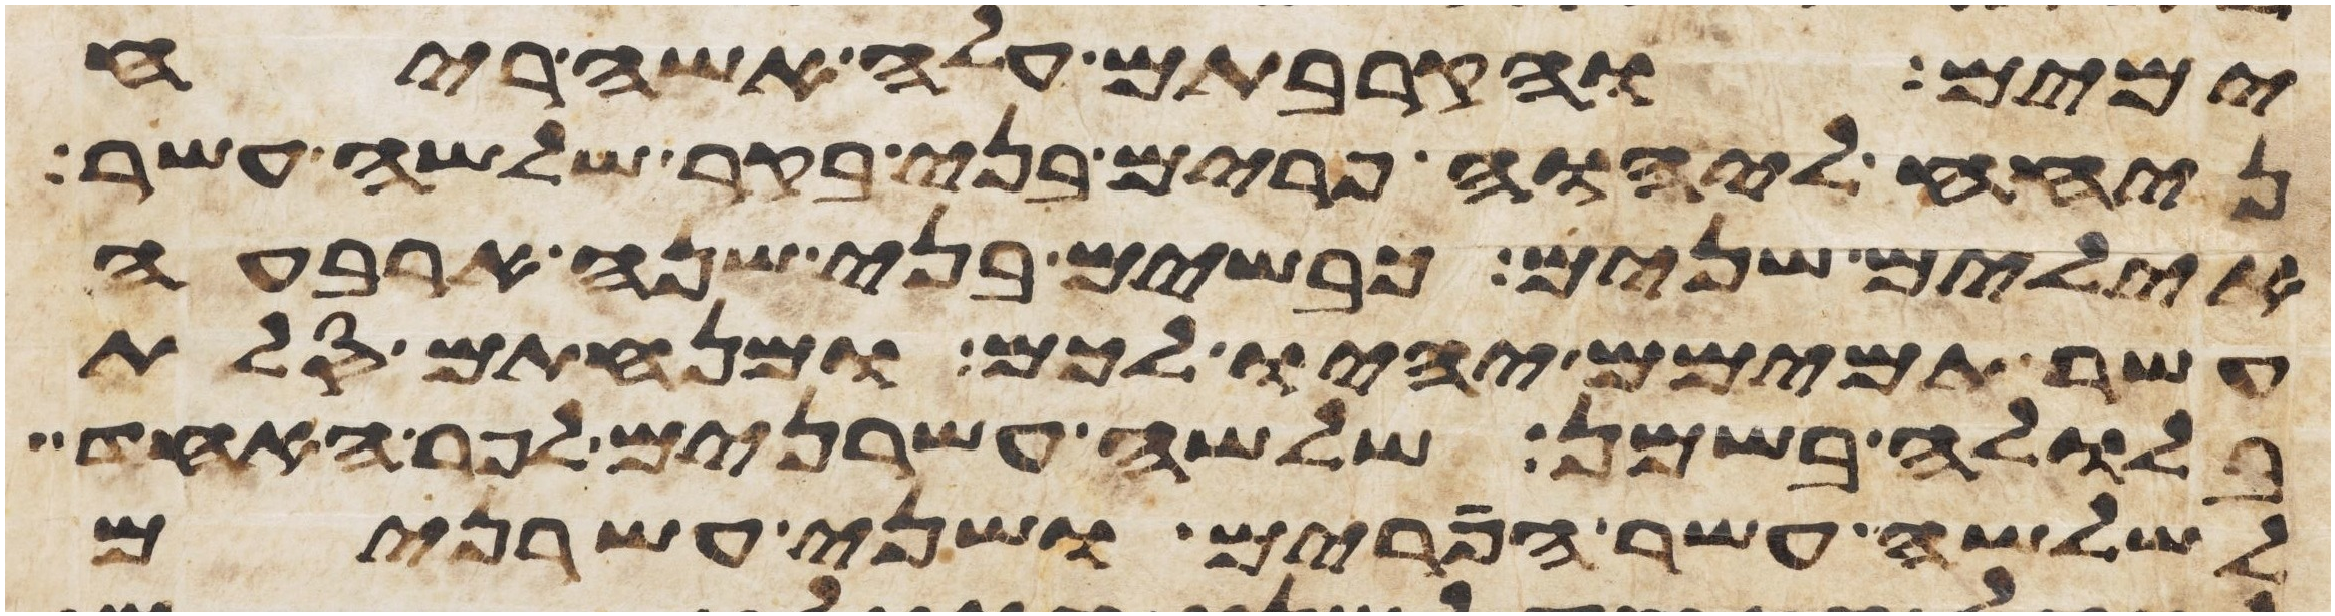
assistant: ימים והקרבתם עלה אשה ריח
ניחח ליהוה פרים בני בקר שלשה עשר
אילים שנים כבשים בני שנה ארבעה
עשר תמימם יהיו לכם ומנחתם סלת
בלולה בשמן שלשה עשרנים לפר האחד
לשלשה עשר הפרים ושני עשרנים